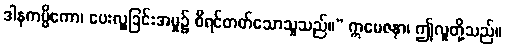
ဒါနကမ္မိကော၊ ပေးလှူခြင်းအမှု၌ စီရင်တတ်သောသူသည်။” ဣမေဇနာ၊ ဤလူတို့သည်။